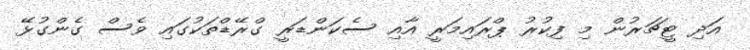
އަދި ޓީޗަރުން މި ފިކުރު ޕްރައިމަރީ އާއި ސެކަންޑަރީ ގްރޭޑްތަކުގައި ވެސް ގެންގުޅޭ